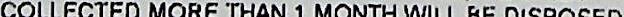
COLLECTED MORE THAN 1 MONTH WILL BE DISPOSED